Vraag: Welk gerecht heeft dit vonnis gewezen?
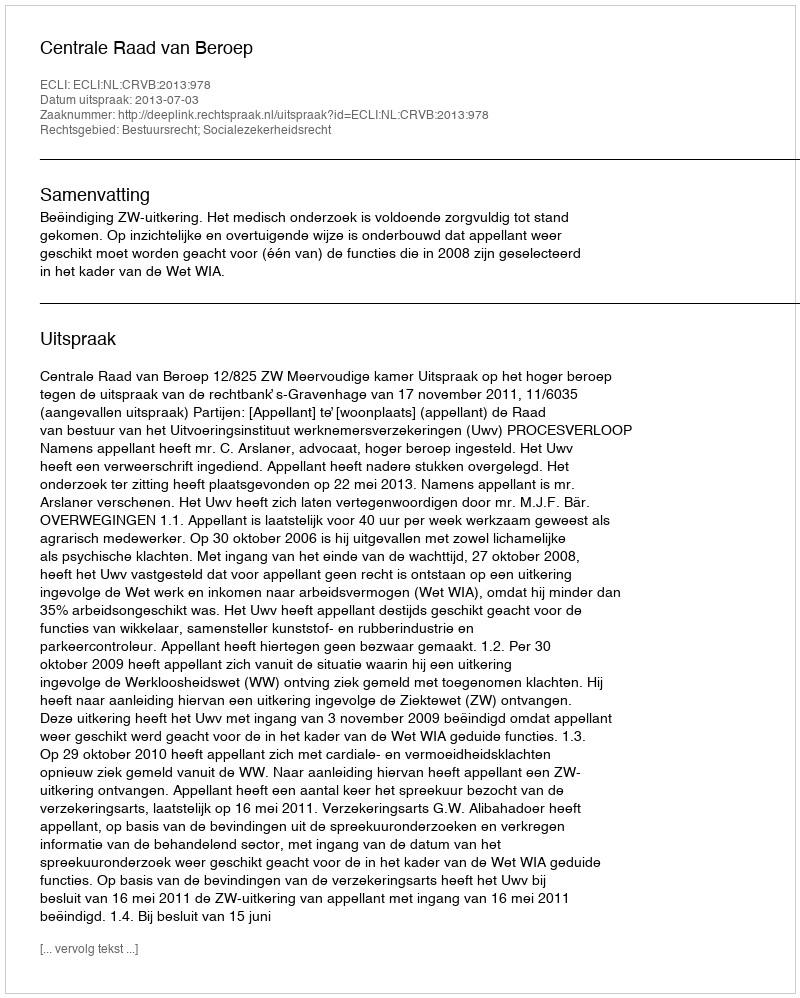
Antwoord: Centrale Raad van Beroep